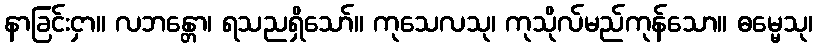
နာခြင်းငှာ။ လဘန္တော၊ ရသညရှိသော်။ ကုသေလသု၊ ကုသိုလ်မည်ကုန်သော။ ဓမ္မေသု၊